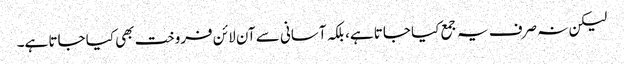
لیکن نہ صرف یہ جمع کیا جاتا ہے، بلکہ آسانی سے آن لائن فروخت بھی کیا جاتا ہے۔